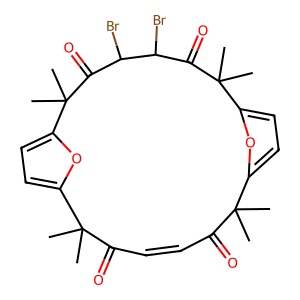
SMILES: CC1(C)C(=O)C=CC(=O)C(C)(C)c2ccc(o2)C(C)(C)C(=O)C(Br)C(Br)C(=O)C(C)(C)c2ccc1o2
Inhibits HIV replication: No